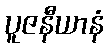
ပူဇနီယာနံ